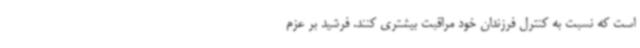
است که نسبت به کنترل فرزندان خود مراقبت بیشتری کنند. فرشید بر عزم